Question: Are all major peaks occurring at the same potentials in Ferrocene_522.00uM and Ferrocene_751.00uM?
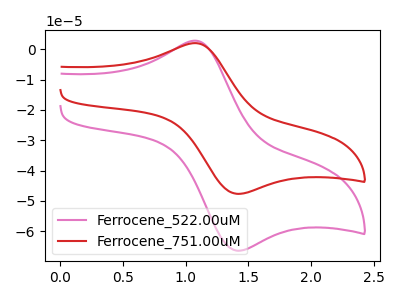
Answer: <think>The pink curve "Ferrocene_522.00uM" has an anodic peak at (1.05V, 2.85uA) and a cathodic peak at (1.40V, -66.45uA). The red curve "Ferrocene_751.00uM" has an anodic peak at (1.05V, 2.05uA) and a cathodic peak at (1.40V, -47.70uA).</think>
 <answer>Yes, "Ferrocene_522.00uM" have a peak in "Ferrocene_751.00uM" at the same potential.</answer>
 <eval>match</eval>